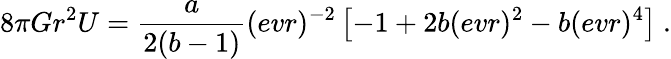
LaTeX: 8\pi Gr^{2}U={\frac{{a}}{2({{b}}-1)}}(evr)^{-2}\left[-1+2{{b}}(evr)^{2}-{{b}}(evr)^{4}\right]\ .